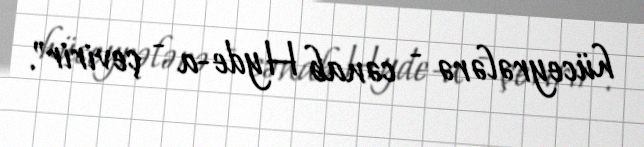
hüceyrələrə - cənab Hyde-a - çevirir".